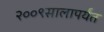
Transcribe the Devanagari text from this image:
२००९सालापर्यंत